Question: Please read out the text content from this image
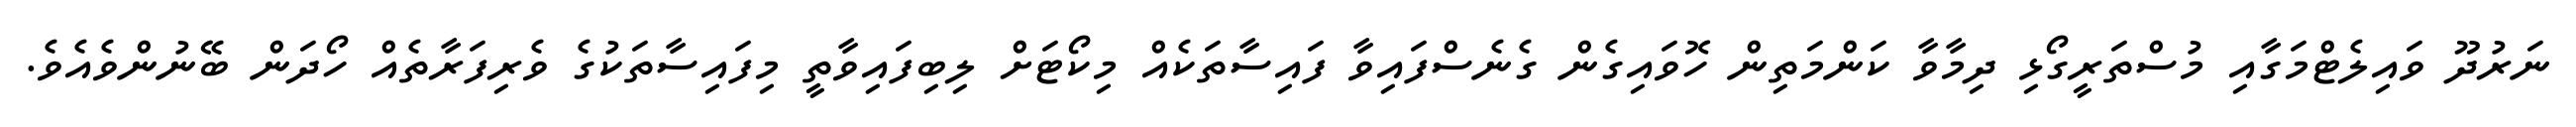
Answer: ނަރުދޫ ވައިލެޓްމަގާއި މުސްތަރީގޯޅި ދިމާވާ ކަންމަތިން ހޮވައިގެން ގެނެސްފައިވާ ފައިސާތަކެއް މިކޯޓަށް ލިބިފައިވާތީ މިފައިސާތަކުގެ ވެރިފަރާތެއް ހޯދަން ބޭނުންވެއެވެ.